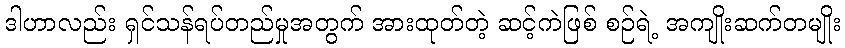
ဒါဟာလည်း ရှင်သန်ရပ်တည်မှုအတွက် အားထုတ်တဲ့ ဆင့်ကဲဖြစ် စဉ်ရဲ့ အကျိုးဆက်တမျိုး